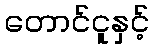
တောင်ငူနှင့်